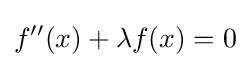
f''(x)+\lambda f(x)=0